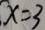
x = 3